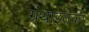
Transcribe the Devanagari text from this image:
ग्रंथाइतका